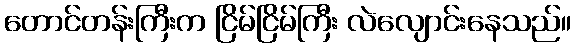
တောင်တန်းကြီးက ငြိမ်ငြိမ်ကြီး လဲလျောင်းနေသည်။